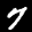
Label: 7